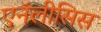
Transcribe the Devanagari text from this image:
एनॅलीसिस